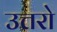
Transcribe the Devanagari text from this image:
उत्तरो